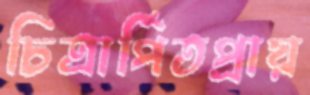
চিত্রার্পিতপ্রায়